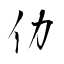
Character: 仂